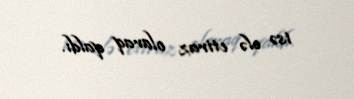
isə elə etiraz olaraq qaldı.